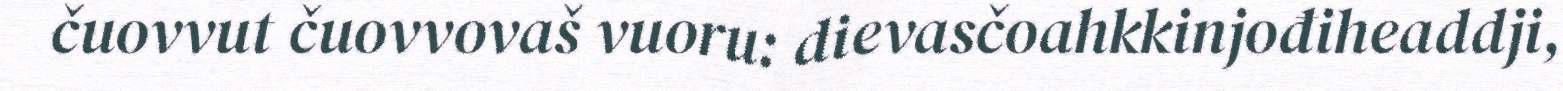
čuovvut čuovvovaš vuoru: dievasčoahkkinjođiheaddji,